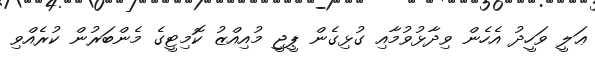
ޢަލީ ވަހީދު އެހެން ވިދާޅުވުމާއި ގުޅިގެން ޕީޖީ މުއިއްޒު ކޮމިޓީގެ މެންބަރުން ކުރެއްވި